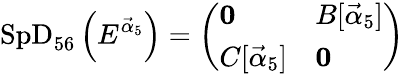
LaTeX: \mathrm{SpD}_{56}\left(E^{{\vec{\alpha}}_{5}}\right)=\left(\begin{array}{ll}{{{\mathbf 0}}}&{{B[{{\vec{\alpha}}_{5}}]}}\\ {{C[{{\vec{\alpha}}_{5}}]}}&{{{\mathbf 0}}}\end{array}\right)